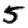
Digit: 5